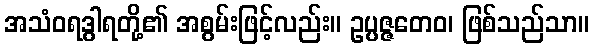
အသံဝရဒွါရတို့၏ အစွမ်းဖြင့်လည်း။ ဥပ္ပဇ္ဇတေဝ၊ ဖြစ်သည်သာ။